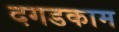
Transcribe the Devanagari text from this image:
दगडकाम